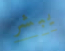
يبشر